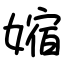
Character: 㜚